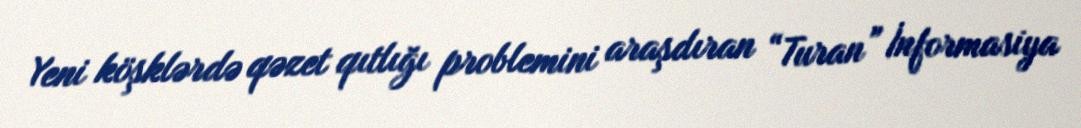
Yeni köşklərdə qəzet qıtlığı problemini araşdıran “Turan” İnformasiya